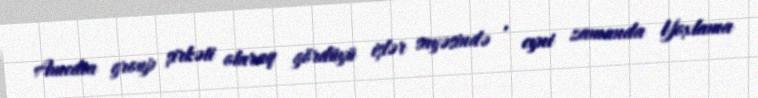
Amedia group şirkəti olaraq gördüyü işlər sayəsində , eyni zamanda Yoxlama